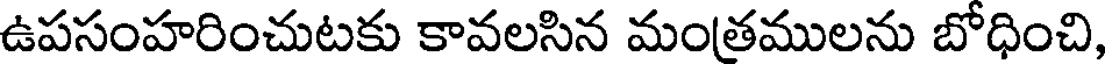
ఉపసంహరించుటకు కావలసిన మంత్రములను బోధించి,